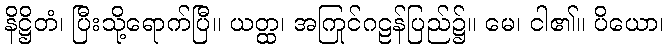
နိဋ္ဌိတံ၊ ပြီးသို့ရောက်ပြီ။ ယတ္ထ၊ အကြင်ဂဠုန်ပြည်၌။ မေ၊ ငါ၏။ ပိယော၊